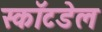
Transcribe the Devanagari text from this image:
स्कॉटडेल